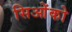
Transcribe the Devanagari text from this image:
सिओंको